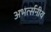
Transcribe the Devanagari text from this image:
अभर्त्सनीय